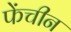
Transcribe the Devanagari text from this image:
फेंचीन